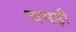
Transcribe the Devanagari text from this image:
चमड़ी